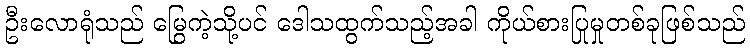
ဦးလောရုံသည် မြွေကဲ့သို့ပင် ဒေါသထွက်သည့်အခါ ကိုယ်စားပြုမှုတစ်ခုဖြစ်သည်